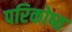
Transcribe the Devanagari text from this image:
परिकोष्‍ठ